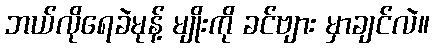
ဘယ်လိုရေခဲမုန့် မျိုးကို ခင်ဗျား မှာချင်လဲ။